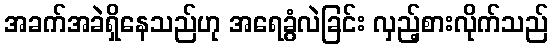
အခက်အခဲရှိနေသည်ဟု အရေခွံလဲခြင်း လှည့်စားလိုက်သည်